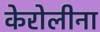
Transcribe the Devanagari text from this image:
केरोलीना